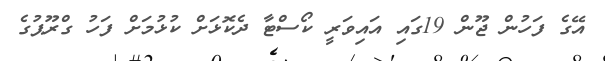
އޭގެ ފަހުން ޖޫން 19ގައި އައިވަރީ ކޯސްޓާ ދެކޮޅަށް ކުޅުމަށް ފަހު ގްރޫޕުގެ